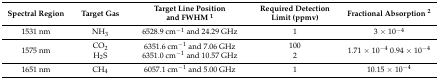
<table><thead><tr><td><b>Spectral Region</b></td><td><b>Target Gas</b></td><td><b>Target Line Position and FWHM <sup>1</sup></b></td><td><b>Required Detection Limit (ppmv)</b></td><td><b>Fractional Absorption <sup>2</sup></b></td></tr></thead><tbody><tr><td>1531 nm</td><td>NH<sub>3</sub></td><td>6528.9 cm<sup>−1</sup> and 24.29 GHz</td><td>1 </td><td>3 × 10<sup>−4</sup></td></tr><tr><td>1575 nm</td><td>CO<sub>2</sub> H<sub>2</sub>S</td><td>6351.6 cm<sup>−1</sup> and 7.06 GHz 6351.0 cm<sup>−1</sup> and 10.57 GHz</td><td>100 2 </td><td>1.71 × 10<sup>−4</sup> 0.94 × 10<sup>−4</sup></td></tr><tr><td>1651 nm</td><td>CH<sub>4</sub></td><td>6057.1 cm<sup>−1</sup> and 5.00 GHz</td><td>1 </td><td>10.15 × 10<sup>−4</sup></td></tr></tbody></table>